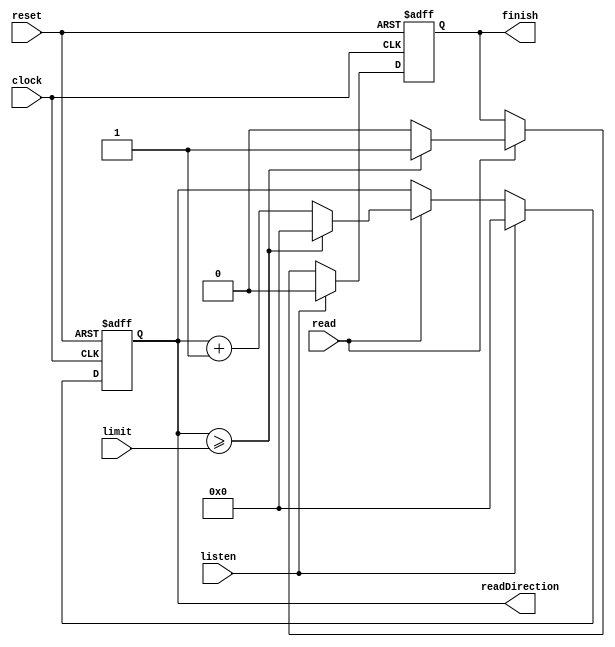
`timescale 1ns / 1ps
//////////////////////////////////////////////////////////////////////////////////
// Company: 
// Engineer: 
// 
// Design Name: 
// Module Name:    READ_NOTE 
// Project Name: 
// Target Devices: 
// Tool versions: 
// Description: 
//
// Dependencies: 
//
// Revision: 
// Revision 0.01 - File Created
// Additional Comments: 
//
//////////////////////////////////////////////////////////////////////////////////
module READ_NOTE(
	clock,
	reset,
	read,
	limit,
	listen,
	finish,
	readDirection
);
//Input 

input wire clock;
input wire reset;
input wire listen;
input wire read;
input wire [5:0] limit;

//Ouput
output reg [5:0] readDirection = 0;
output reg finish = 0;

//CODE
always @(posedge clock or posedge reset)

	begin	
		if(reset)
			begin
				finish <= 1'b0;
				readDirection <= 1'b0;
			end
		
		else if(listen)
			begin
				finish <= 1'b0;
				readDirection <= 1'b0;
			end	
			
		else if(read)
			begin
				if(readDirection>=limit)
					begin
						finish <= 1'b1;
						readDirection <= 1'b0;
					end
				else
					begin
					   finish <= 1'b0;
						readDirection <= readDirection + 1'b1;			
					end			
			end

	end
	
endmodule